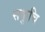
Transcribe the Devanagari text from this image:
सकुचि